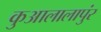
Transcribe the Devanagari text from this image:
कुआलालापुंर